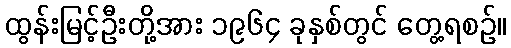
ထွန်းမြင့်ဦးတို့အား ၁၉၆၄ ခုနှစ်တွင် တွေ့ရစဉ်။